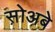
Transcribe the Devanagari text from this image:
स़ोअबे